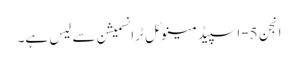
انجن 5-اسپیڈ مینوئل ٹرانسمیشن سے لیس ہے۔